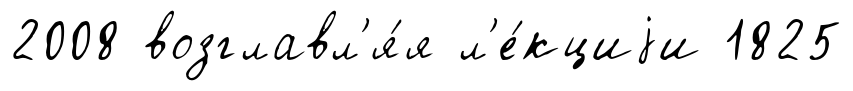
2008 возглавл'я́я л'е́кциjи 1825